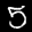
Label: 5